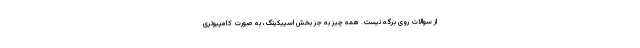
از سوالات روی برگه نیست. همه چیز به جز بخش اسپیکینگ، به صورت کامپیوتری